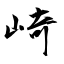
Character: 崎